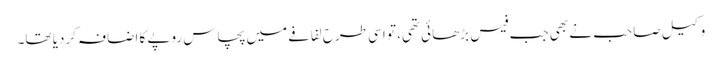
وکیل صاحب نے بھی جب فیس بڑھائی تھی، تو اسی طرح لفافے میں پچاس روپے کا اضافہ کردیا تھا۔